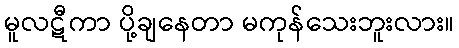
မူလဋီကာ ပို့ချနေတာ မကုန်သေးဘူးလား။